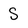
Character: S